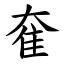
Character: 奞